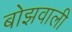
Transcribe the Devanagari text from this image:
बोझवाली